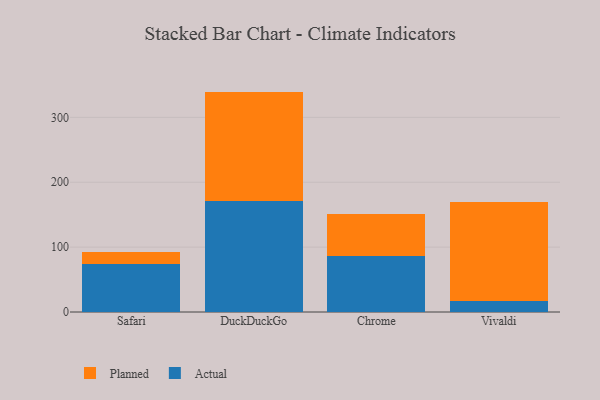
{"axis": {"x": "Browser", "y": "Backlog"}, "legend": ["Actual", "Planned"], "data": [{"x": "Safari", "y": 73.4, "type": "Actual"}, {"x": "Safari", "y": 18.5, "type": "Planned"}, {"x": "DuckDuckGo", "y": 170.8, "type": "Actual"}, {"x": "DuckDuckGo", "y": 168.9, "type": "Planned"}, {"x": "Chrome", "y": 86.1, "type": "Actual"}, {"x": "Chrome", "y": 65.5, "type": "Planned"}, {"x": "Vivaldi", "y": 17.3, "type": "Actual"}, {"x": "Vivaldi", "y": 152.2, "type": "Planned"}]}